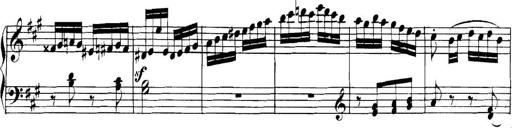
Title: Collected Piano Sonatas
Composer: Muzio Clementi